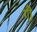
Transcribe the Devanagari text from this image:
गीं